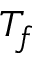
T _ { f }